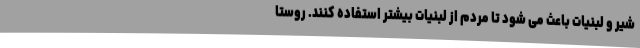
شیر و لبنیات باعث می شود تا مردم از لبنیات بیشتر استفاده کنند. روستا